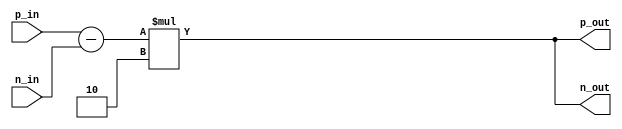
module IO_Block_Diff_Buffer (
    input wire p_in,
    input wire n_in,
    output wire p_out,
    output wire n_out
);

// Differential amplifier stage
wire diff_out;
assign diff_out = p_in - n_in;

// Buffer stage
wire buffer_out;
assign buffer_out = diff_out * 2; // Amplification factor of 2

// Output signals
assign p_out = buffer_out;
assign n_out = -buffer_out;

endmodule